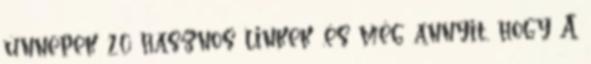
ünnepek 20 hasznos linkek .és még annyit, hogy A